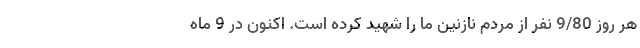
هر روز 9/80 نفر از مردم نازنین ما را شهید کرده است. اکنون در 9 ماه